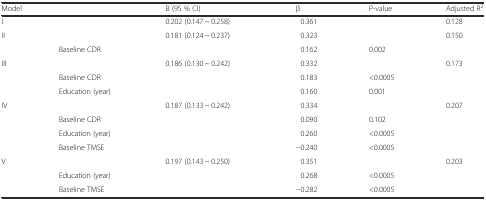
<table><thead><tr><td colspan="2"><b>Model</b></td><td><b>B (95 % CI)</b></td><td><b>β</b></td><td><b>P-value</b></td><td><b>Adjusted R<sup>2</sup></b></td></tr></thead><tbody><tr><td>I</td><td>[EMPTY_CELL]</td><td>0.202 (0.147 ~ 0.258)</td><td>0.361</td><td>[EMPTY_CELL]</td><td>0.128</td></tr><tr><td rowspan="2">II</td><td>[EMPTY_CELL]</td><td>0.181 (0.124 ~ 0.237)</td><td>0.323</td><td>[EMPTY_CELL]</td><td rowspan="2">0.150</td></tr><tr><td>Baseline CDR</td><td>[EMPTY_CELL]</td><td>0.162</td><td>0.002</td></tr><tr><td rowspan="3">III</td><td>[EMPTY_CELL]</td><td>0.186 (0.130 ~ 0.242)</td><td>0.332</td><td>[EMPTY_CELL]</td><td rowspan="3">0.173</td></tr><tr><td>Baseline CDR</td><td>[EMPTY_CELL]</td><td>0.183</td><td>&lt;0.0005</td></tr><tr><td>Education (year)</td><td>[EMPTY_CELL]</td><td>0.160</td><td>0.001</td></tr><tr><td rowspan="4">IV</td><td>[EMPTY_CELL]</td><td>0.187 (0.133 ~ 0.242)</td><td>0.334</td><td>[EMPTY_CELL]</td><td rowspan="4">0.207</td></tr><tr><td>Baseline CDR</td><td>[EMPTY_CELL]</td><td>0.090</td><td>0.102</td></tr><tr><td>Education (year)</td><td>[EMPTY_CELL]</td><td>0.260</td><td>&lt;0.0005</td></tr><tr><td>Baseline TMSE</td><td>[EMPTY_CELL]</td><td>−0.240</td><td>&lt;0.0005</td></tr><tr><td rowspan="3">V</td><td>[EMPTY_CELL]</td><td>0.197 (0.143 ~ 0.250)</td><td>0.351</td><td>[EMPTY_CELL]</td><td rowspan="3">0.203</td></tr><tr><td>Education (year)</td><td>[EMPTY_CELL]</td><td>0.268</td><td>&lt;0.0005</td></tr><tr><td>Baseline TMSE</td><td>[EMPTY_CELL]</td><td>−0.282</td><td>&lt;0.0005</td></tr></tbody></table>